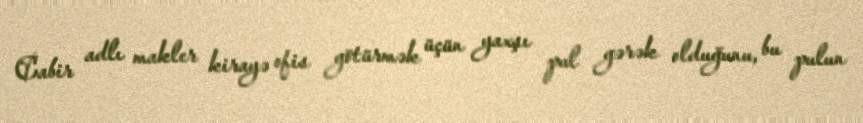
Cabir adlı makler kirayə ofis götürmək üçün yaxşı pul gərək olduğunu, bu pulun